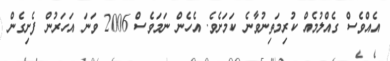
އެއްވެސް ގެއްލުމެއް ކުރިމަތިނުވާނެ ކަމަށެވެ. އެހެން ނަމަވެސް 2006 ވަނަ އަހަރުން ފެށިގެން